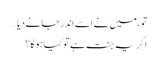
تو ، میں نے اسے اندر جانے دیا…
اگر یہ جنت ہے تو کیا ہوگا؟